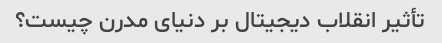
تأثیر انقلاب دیجیتال بر دنیای مدرن چیست؟